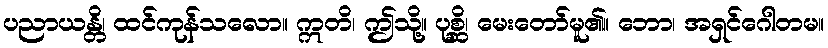
ပညာယန္တိ၊ ထင်ကုန်သလော။ ဣတိ၊ ဤသို့။ ပုစ္ဆိ၊ မေးတော်မူ၏။ ဘော၊ အရှင်ဂေါတမ။